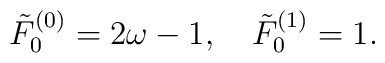
\tilde F_0^{(0)}=2\omega -1,\quad \tilde F_0^{(1)}=1.